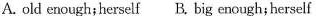
A. old enough;herself B. big enough; herself